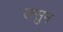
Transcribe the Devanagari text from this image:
लसुन